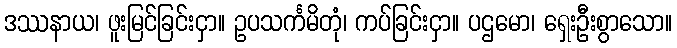
ဒဿနာယ၊ ဖူးမြင်ခြင်းငှာ။ ဥပသင်္ကမိတုံ၊ ကပ်ခြင်းငှာ။ ပဌမော၊ ရှေးဦးစွာသော။